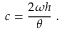
c = { \frac { 2 \omega h } { \theta } } \ .